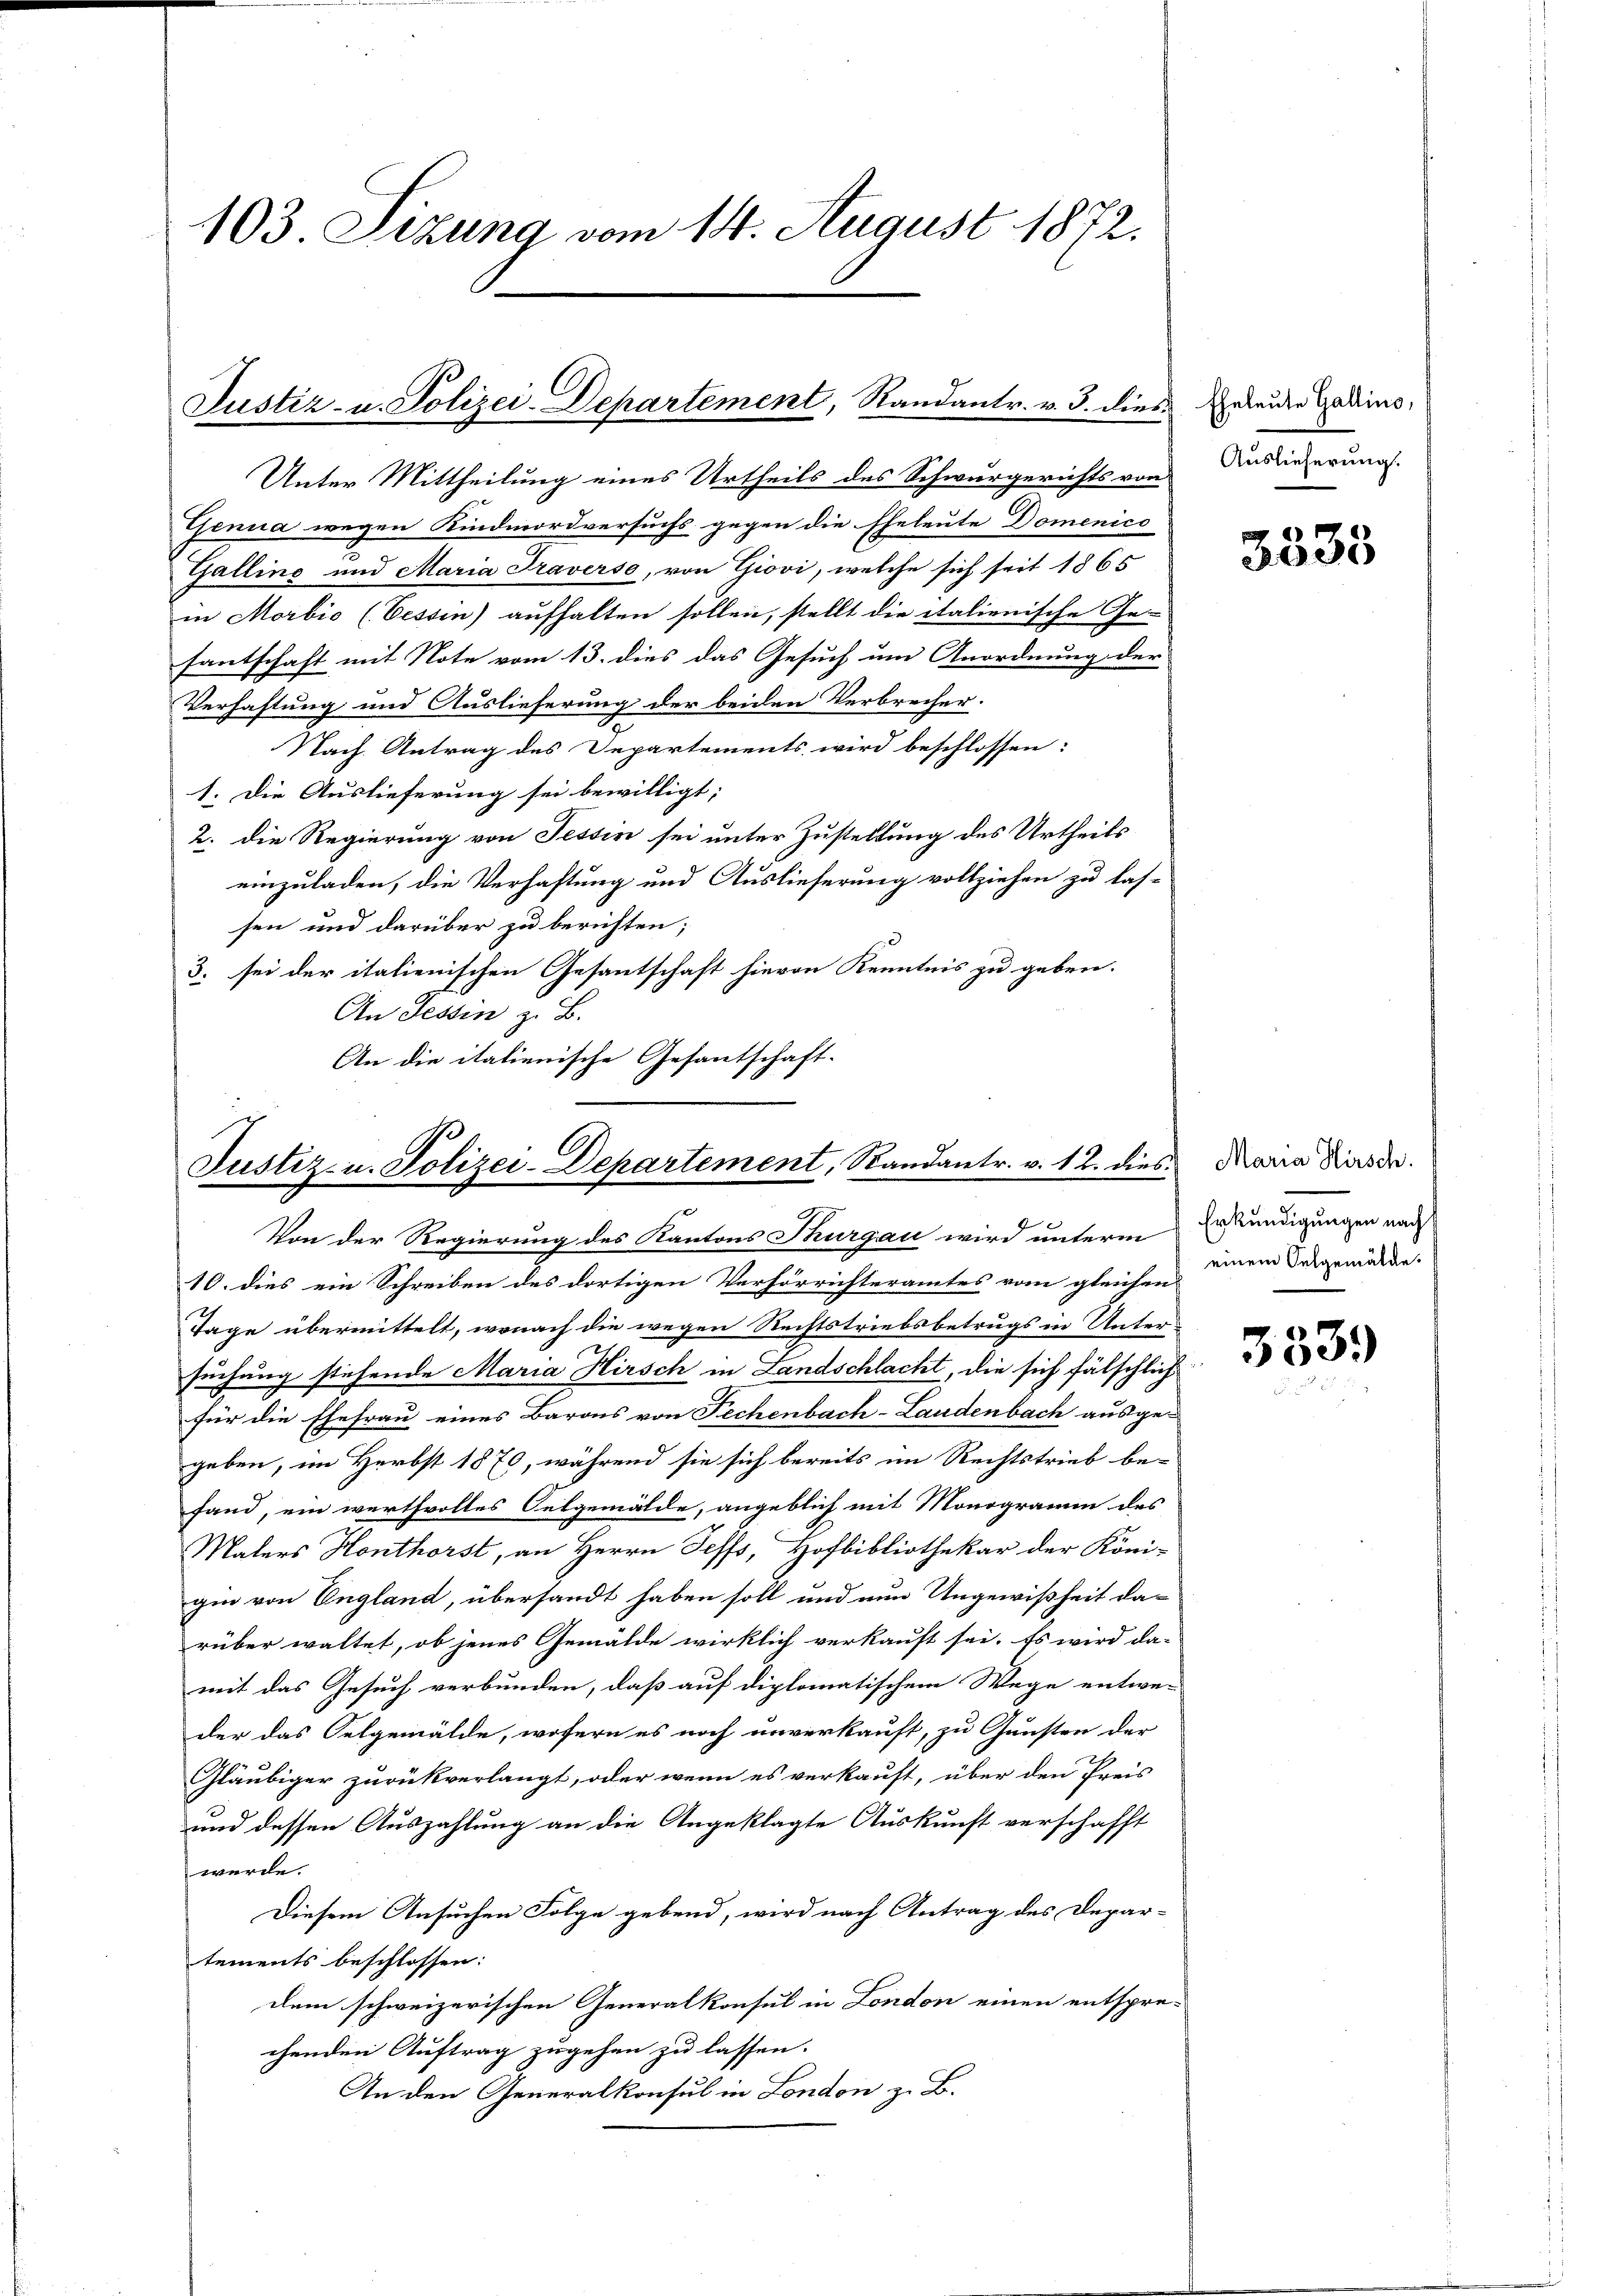
103 Sizung vom 14. August 1872.

Justiz- u. Polizei-Departement, Randantr. v. 3. dies

Justiz- u. Polizei-Departement, Standantr. v. 12. dies
Von der Regierung des Kantons Thurgau wird unterm Erkundigungen nach

Unter Mittheilung eines Urtheils des Schwurgerichts von
Genia wegen Kindmordversuchs gegen die Eheleute Domenico
Gallino und Maria Traverso, von Giovi, welche sich seit 1865
in Morbio (Tessin) aufhalten sollen, stellt die italienische Ge-
santschaft mit Note vom 13. dies das Gesuch um Anordnung der
Verhaftung und Auslieferung der beiden Verbrecher.
Nach Antrag des Departements wird beschlossen:
1. Die Auslieferung sei bewilligt;
2. die Regierung von Tessin sei unter Zustellung des Urtheils
einzuladen, die Verhaftung und Auslieferung vollziehen zu las-
sen und darüber zu berichten;
3. sei der italienischen Gesantschaft hievon Kenntnis zu geben.
An Tessin z. B.
An die italienische Gesantschaft-

10. dies ein Schreiben des dortigen Verhörrichteramtes vom gleichen einem Ausgemädun-
Tage übermittelt, wonach die wegen Rechtstriebsbetrugs in Unter-
suchung stehende Maria Hirsch in Landschlacht, die sich fälschlich
für die Ehefrau eines Barons von Pechenbach-Landenbach ausge-
geben, im Herbst 1870, während sie sich bereits im Rechtstrieb be-
fand, ein werthvolles Oetgemälde, angeblich mit Monogramm des
Malers Honthorst, an Herrn Seffs, Hofbibliothekar der Köni-
gin von England, übersandt haben soll und nun Ungewißheit darüber waltet, ob jenes Gemälde wirklich verkauft sei. Es wird da-
mit das Gesuch verbunden, daß auf diplomatischem Wege entwe-
der das Selgemälde, wofern es noch unverkauft, zu Gunsten der
Gläubiger zurückverlangt, oder wenn es verkauft, über den Preis
und dessen Auszahlung an die Angeklagte Auskunft verschafft
werde.
Diesem Ansuchen Folge gebend, wird nach Antrag des Depar-
tements beschlossen:
dem schweizerischen Generalkonsul in London einen entsprechenden Auftrag zugehen zu lassen.
An den Generalkonsul in London z. B.

Eheleute Gallino,
Auslieferung.

3335

Maria Hirsch.

333.